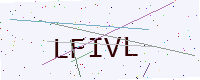
Text: LFIVL